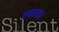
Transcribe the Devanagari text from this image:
स्कल्ज़